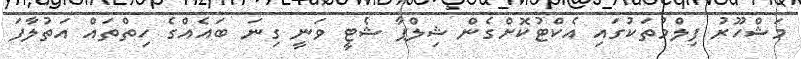
މަޝްހޫރު ފިލްމުތަކުގައި އެކްޓުކޮށްގެން ޝިލްޕާ ޝެޓީ ވަނީ ގިނަ ބައެއްގެ ހިތްތައް އަތުލާފަ